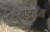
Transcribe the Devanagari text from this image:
सबप्राईम